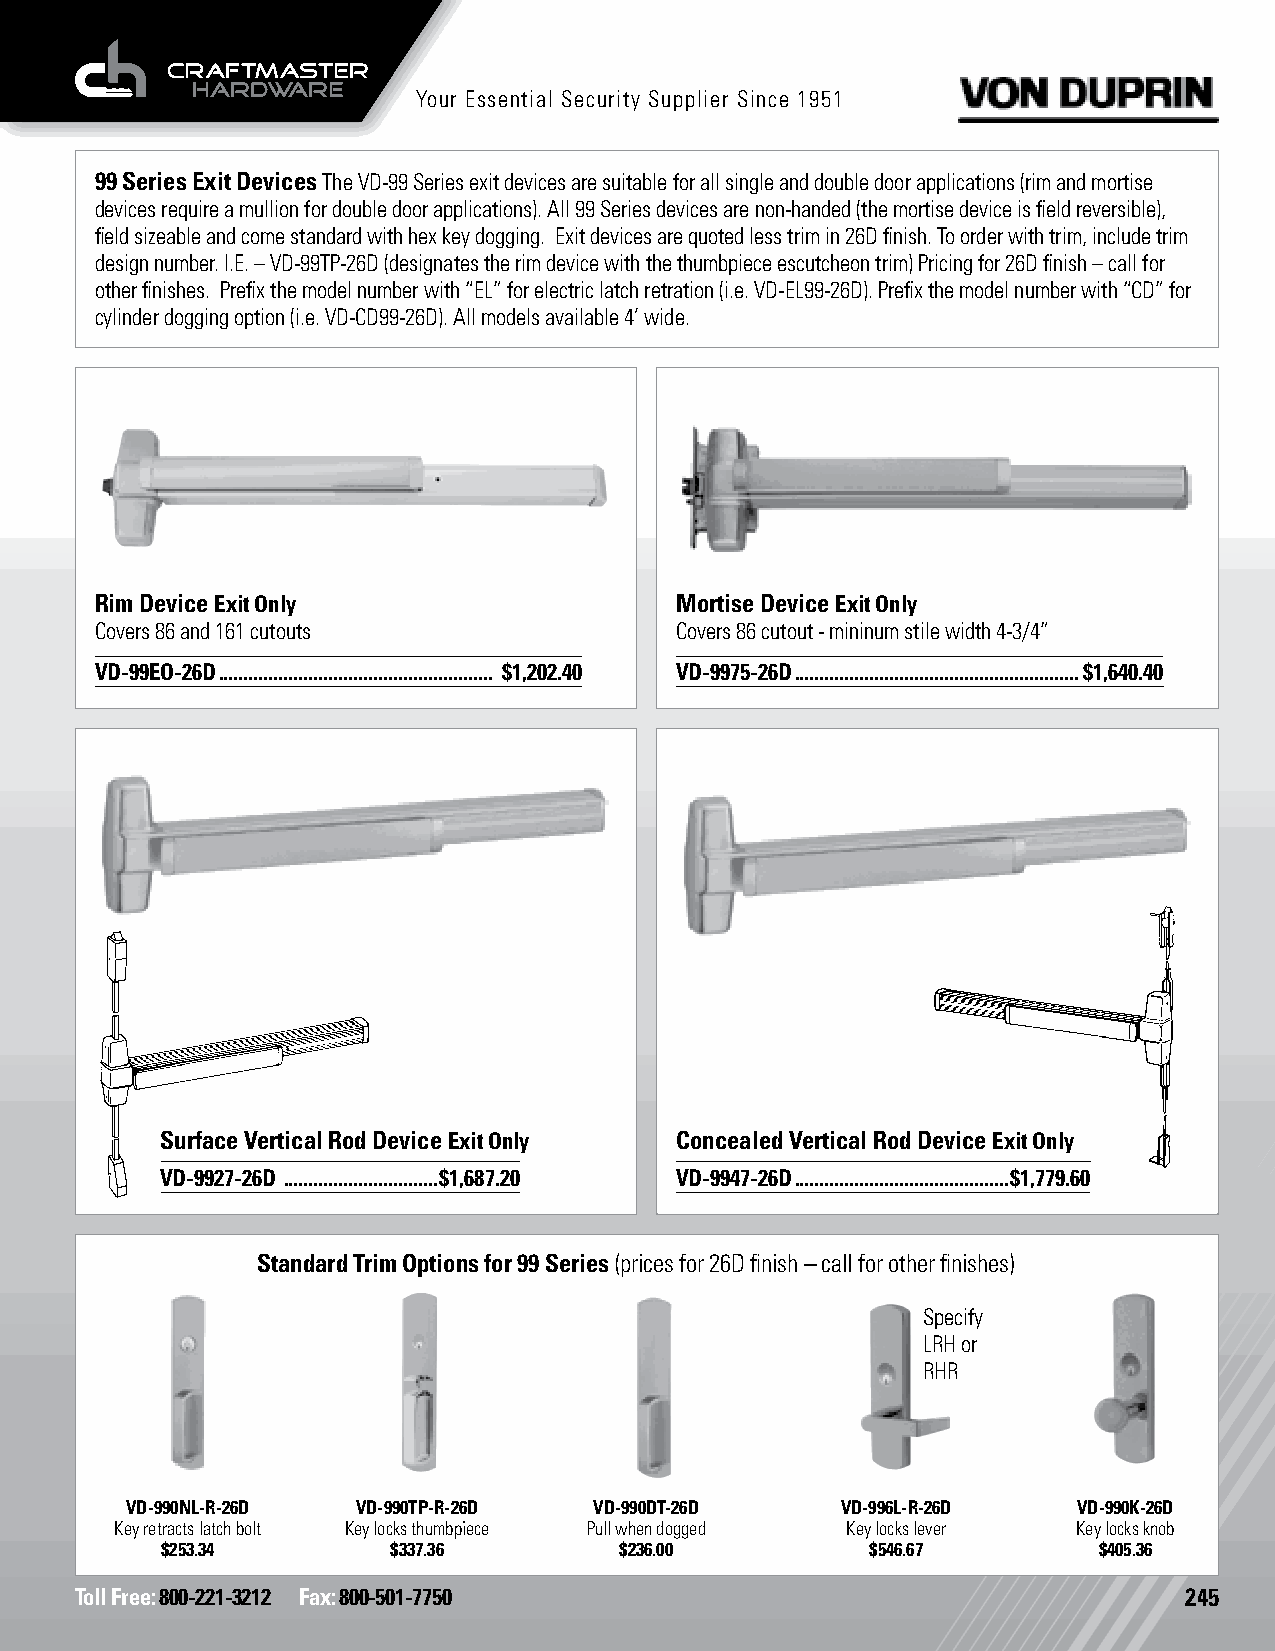
Your Essential Security Supplier Since 1951
 99 Series Exit Devices The VD-99 Series exit devices are suitable for all single and double door applications (rim and mortise
 devices require a mullion for double door applications). All 99 Series devices are non-handed (the mortise device is field reversible),
 field sizeable and come standard with hex key dogging. Exit devices are quoted less trim in 26D finish. To order with trim, include trim
 design number. I.E. – VD-99TP-26D (designates the rim device with the thumbpiece escutcheon trim) Pricing for 26D finish – call for
 other finishes. Prefix the model number with “EL” for electric latch retration (i.e. VD-EL99-26D). Prefix the model number with “CD” for
 cylinder dogging option (i.e. VD-CD99-26D). All models available 4’ wide.
 Rim Device Exit Only                   Mortise Device Exit Only
 Covers 86 and 161 cutouts              Covers 86 cutout - mininum stile width 4-3/4”
 VD-99EO-26D ....................................................... $1,202.40 VD-9975-26D .........................................................$1,640.40
 Surface Vertical Rod Device Exit Only Concealed Vertical Rod Device Exit Only
 VD-9927-26D ...............................$1,687.20 VD-9947-26D ...........................................$1,779.60
 Standard Trim Options for 99 Series (prices for 26D finish – call for other finishes)
 Specify
 LRH or
 RHR
 VD-990NL-R-26D  VD-990TP-R-26D VD-990DT-26D     VD-996L-R-26D  VD-990K-26D
 Key retracts latch bolt Key locks thumbpiece Pull when dogged Key locks lever Key locks knob
 $253.34        $337.36        $236.00          $546.67        $405.36
 Toll Free: 800-221-3212 Fax: 800-501-7750                                245